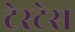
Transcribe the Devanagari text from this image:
टेस्टेस